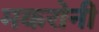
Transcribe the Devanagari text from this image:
मकरोनी